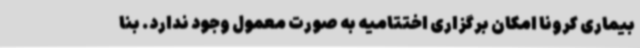
بیماری کرونا امکان برگزاری اختتامیه به صورت معمول وجود ندارد. بنا